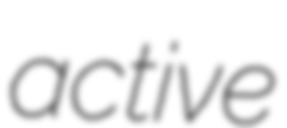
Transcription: active